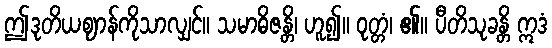
ဤဒုတိယဈာန်ကိုသာလျှင်။ သမာဓိဇန္တိ၊ ဟူ၍။ ဝုတ္တံ၊ ၏။ ပီတိသုခန္တိ ဣဒံ